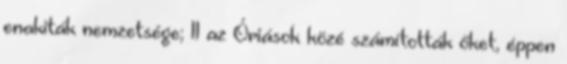
enakiták nemzetsége; 11 az Óriások közé számították őket, éppen